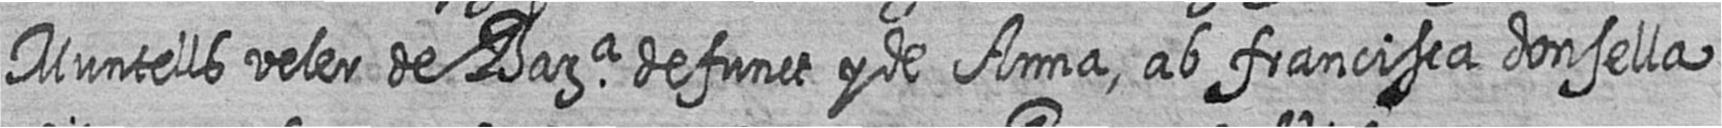
Muntells veler de Bara defunct y de Anna ab francisca donsella